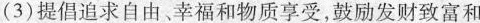
(3)提倡追求自由、幸福和物质享受，鼓励发财致富和